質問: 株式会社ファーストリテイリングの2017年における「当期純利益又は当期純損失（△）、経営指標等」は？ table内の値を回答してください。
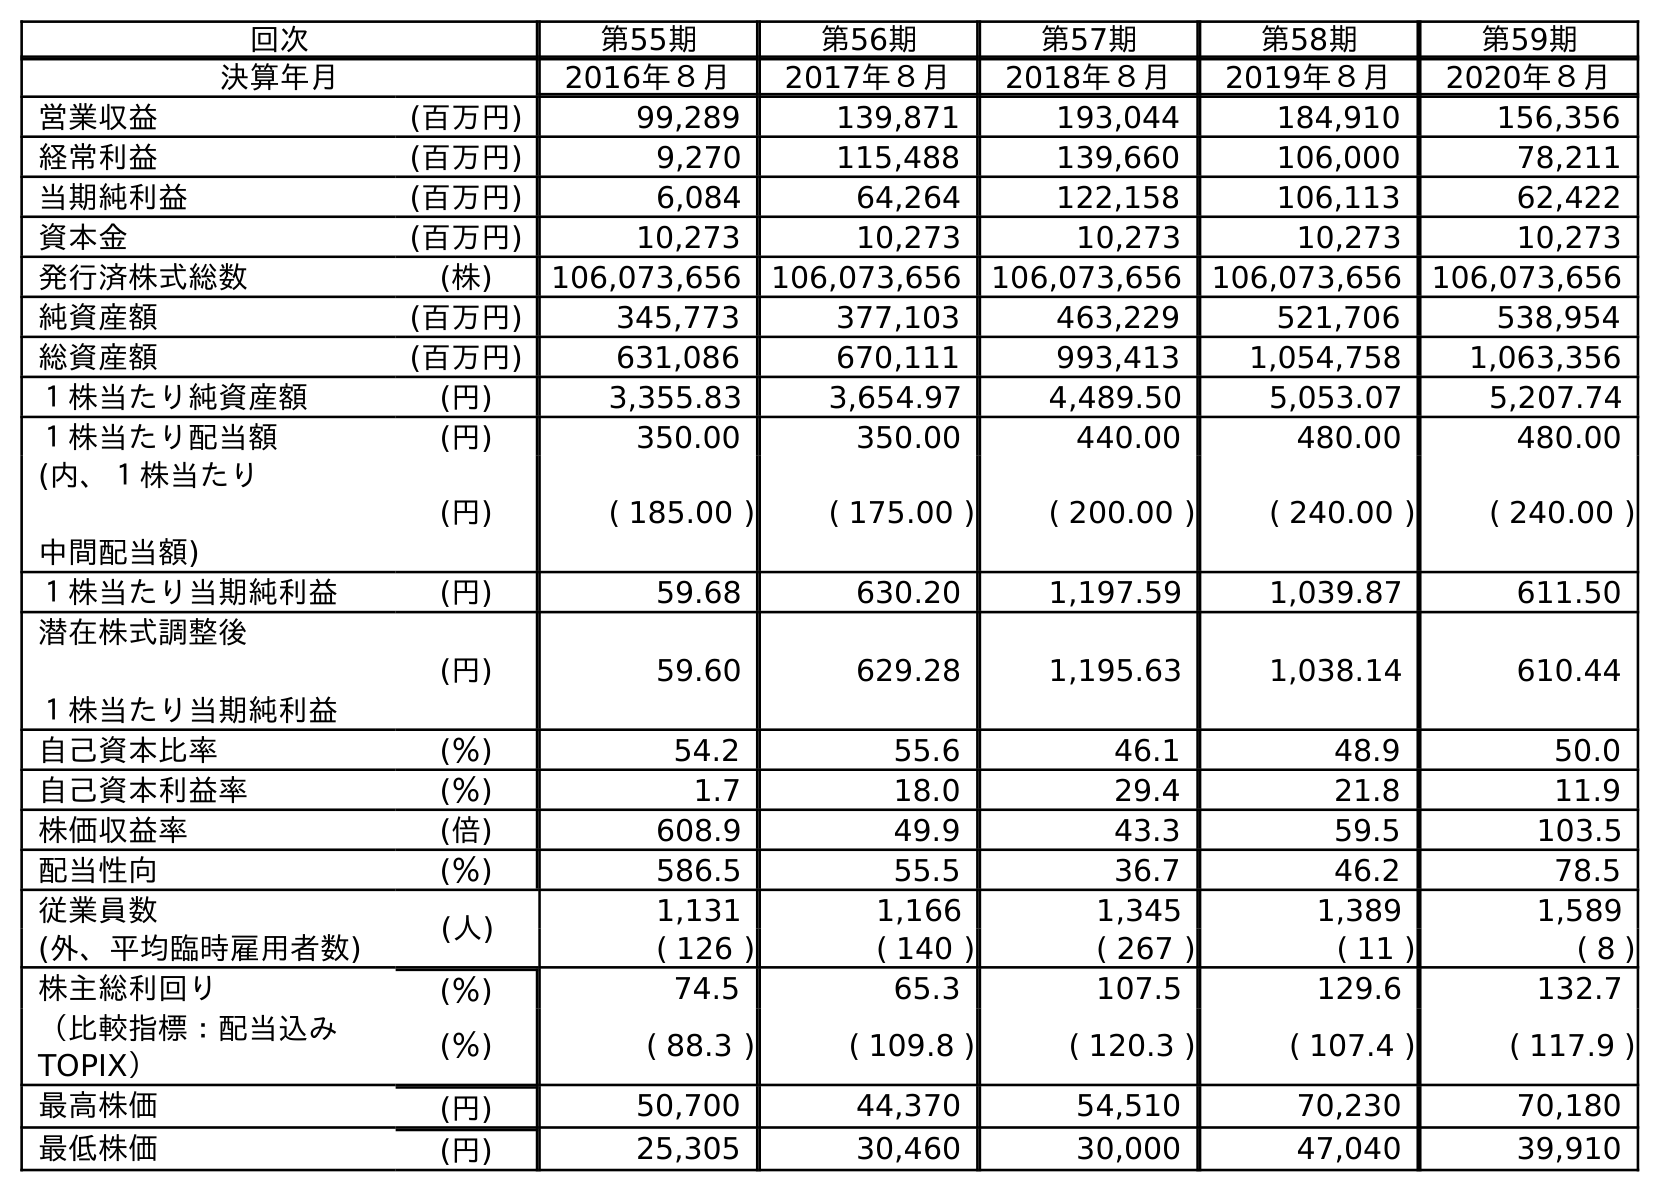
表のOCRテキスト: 回次 第55期 第56期 第57期 第58期 第59期 決算年月 2016年８月 2017年８月 2018年８月 2019年８月 2020年８月 営業収益 (百万円) 99,289 139,871 193,044 184,910 156,356 経常利益 (百万円) 9,270 115,488 139,660 106,000 78,211 当期純利益 (百万円) 6,084 64,264 122,158 106,113 62,422 資本金 (百万円) 10,273 10,273 10,273 10,273 10,273 発行済株式総数 (株) 106,073,656 106,073,656 106,073,656 106,073,656 106,073,656 純資産額 (百万円) 345,773 377,103 463,229 521,706 538,954 総資産額 (百万円) 631,086 670,111 993,413 1,054,758 1,063,356 １株当たり純資産額 (円) 3,355.83 3,654.97 4,489.50 5,053.07 5,207.74 １株当たり配当額 (円) 350.00 350.00 440.00 480.00 480.00 (内、１株当たり 中間配当額) (円) ( 185.00 ) ( 175.00 ) ( 200.00 ) ( 240.00 ) ( 240.00 ) １株当たり当期純利益 (円) 59.68 630.20 1,197.59 1,039.87 611.50 潜在株式調整後 １株当たり当期純利益 (円) 59.60 629.28 1,195.63 1,038.14 610.44 自己資本比率 (％) 54.2 55.6 46.1 48.9 50.0 自己資本利益率 (％) 1.7 18.0 29.4 21.8 11.9 株価収益率 (倍) 608.9 49.9 43.3 59.5 103.5 配当性向 (％) 586.5 55.5 36.7 46.2 78.5 従業員数 (人) 1,131 1,166 1,345 1,389 1,589 (外、平均臨時雇用者数) ( 126 ) ( 140 ) ( 267 ) ( 11 ) ( 8 ) 株主総利回り (％) 74.5 65.3 107.5 129.6 132.7 （比較指標：配当込み TOPIX） (％) ( 88.3 ) ( 109.8 ) ( 120.3 ) ( 107.4 ) ( 117.9 ) 最高株価 (円) 50,700 44,370 54,510 70,230 70,180 最低株価 (円) 25,305 30,460 30,000 47,040 39,910
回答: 64,264